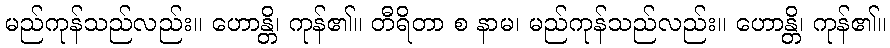
မည်ကုန်သည်လည်း။ ဟောန္တိ၊ ကုန်၏။ တီရိတာ စ နာမ၊ မည်ကုန်သည်လည်း။ ဟောန္တိ၊ ကုန်၏။